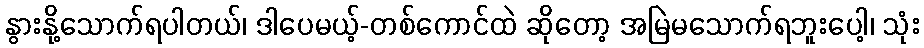
နွားနို့သောက်ရပါတယ်၊ ဒါပေမယ့်-တစ်ကောင်ထဲ ဆိုတော့ အမြဲမသောက်ရဘူးပေါ့၊ သုံး